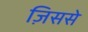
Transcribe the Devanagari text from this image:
ज़िससे